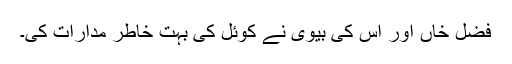
فضل خاں اور اس کی بیوی نے کوئل کی بہت خاطر مدارات کی۔